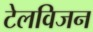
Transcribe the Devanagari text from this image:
टेलविजन